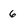
Character: 6